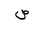
Letter: _sad